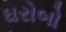
ઘરોબો